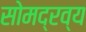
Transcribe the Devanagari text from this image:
सोमद्रव्य